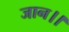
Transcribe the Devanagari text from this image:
जान।।